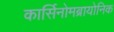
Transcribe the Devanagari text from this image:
कार्सिनोमब्रायोनिक